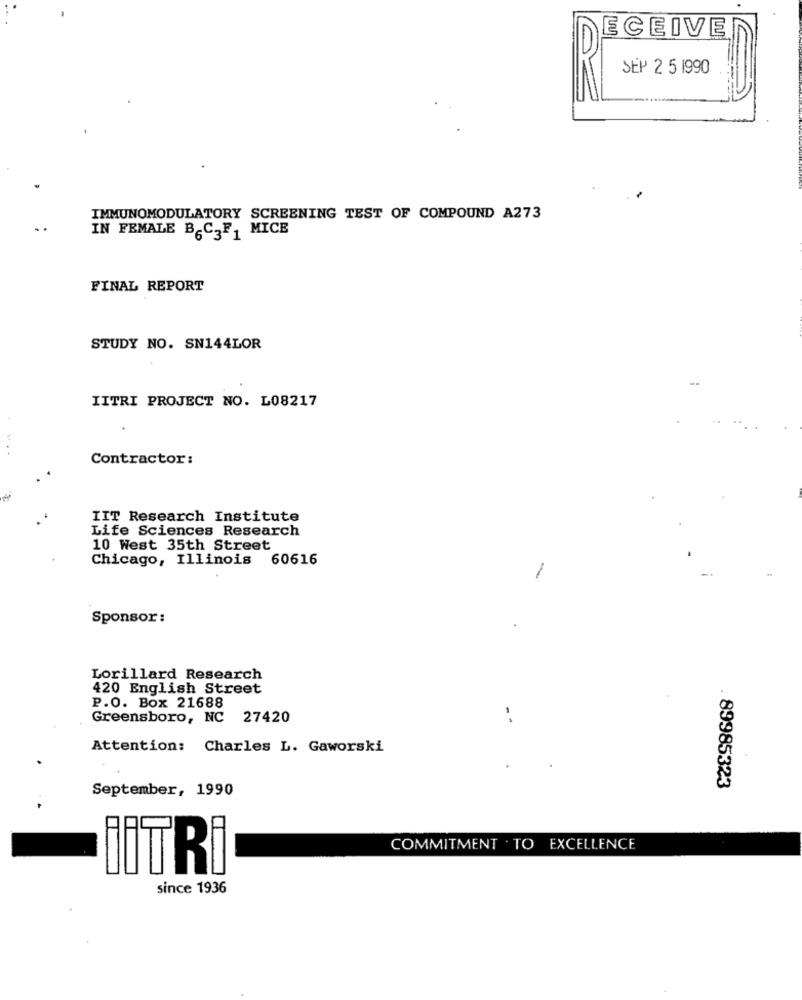
ECEIVE
SEP 2 5 1990
IMMUNOMODULATORY SCREENING TEST OF COMPOUND A273
IN FEMALE B-C-F, MICE
FINAL REPORT
STUDY NO. SN144LOR
IITRI PROJECT NO. L08217
Contractor:
IIT Research Institute
Life Sciences Research
10 West 35th Street
Chicago, Illinois 60616
Sponsor:
Lorillard Research
420 English Street
P.O. Box 21688
Greensboro, NC 27420
- -
Attention: Charles L. Gaworski
September, 1990
89985323
COMMITMENT . TO EXCELLENCE
JITRi
since 1936